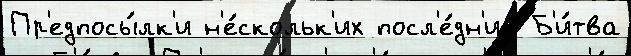
Пр'едпосы́лк'и н'е́скольк'их посл'е́дн'ий Б'и́тва